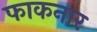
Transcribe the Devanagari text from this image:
फाकनार